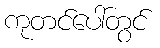
ကုတင်ပေါ်တွင်